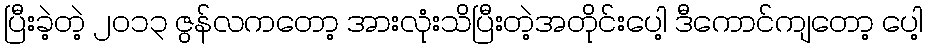
ပြီးခဲ့တဲ့ ၂၀၁၃ ဇွန်လကတော့ အားလုံးသိပြီးတဲ့အတိုင်းပေါ့ ဒီကောင်ကျတော့ ပေါ့